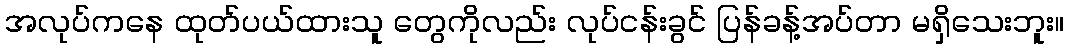
အလုပ်ကနေ ထုတ်ပယ်ထားသူ တွေကိုလည်း လုပ်ငန်းခွင် ပြန်ခန့်အပ်တာ မရှိသေးဘူး။